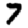
Digit: 7